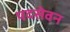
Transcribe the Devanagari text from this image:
पदसेवन